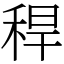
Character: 稈